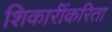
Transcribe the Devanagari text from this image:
शिकारींकरिता